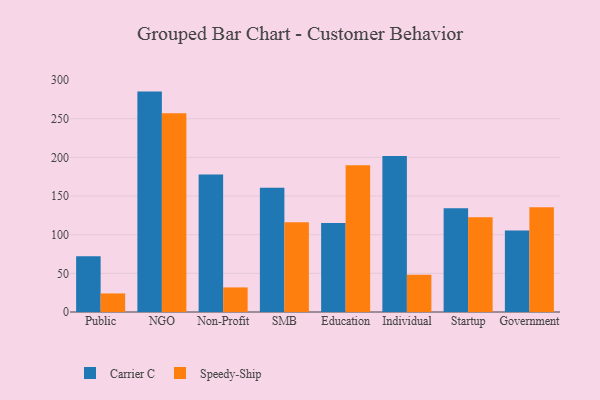
{"axis": {"x": "Segment", "y": "Demand Index"}, "legend": ["Carrier C", "Speedy-Ship"], "data": [{"x": "Public", "y": 72.0, "type": "Carrier C"}, {"x": "Public", "y": 24.0, "type": "Speedy-Ship"}, {"x": "NGO", "y": 285.1, "type": "Carrier C"}, {"x": "NGO", "y": 257.0, "type": "Speedy-Ship"}, {"x": "Non-Profit", "y": 178.0, "type": "Carrier C"}, {"x": "Non-Profit", "y": 31.8, "type": "Speedy-Ship"}, {"x": "SMB", "y": 160.6, "type": "Carrier C"}, {"x": "SMB", "y": 116.2, "type": "Speedy-Ship"}, {"x": "Education", "y": 115.2, "type": "Carrier C"}, {"x": "Education", "y": 189.7, "type": "Speedy-Ship"}, {"x": "Individual", "y": 201.8, "type": "Carrier C"}, {"x": "Individual", "y": 48.1, "type": "Speedy-Ship"}, {"x": "Startup", "y": 134.3, "type": "Carrier C"}, {"x": "Startup", "y": 122.7, "type": "Speedy-Ship"}, {"x": "Government", "y": 105.3, "type": "Carrier C"}, {"x": "Government", "y": 135.6, "type": "Speedy-Ship"}]}